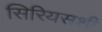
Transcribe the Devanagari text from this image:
सिरियसशी